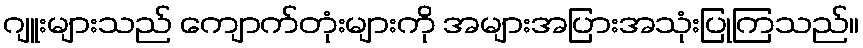
ဂျူးများသည် ကျောက်တုံးများကို အများအပြားအသုံးပြုကြသည်။